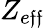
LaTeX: Z_{e\mathfrak{f}\mathfrak{f}}